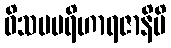
ဝိသမပရိဟာရဇာနိပိ